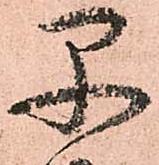
早